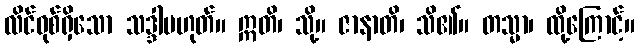
လိင်ဝုစ်ရှိသော သဒ္ဒါမဟုတ်။ ဣတိ၊ သို့။ ဇာနာတိ၊ သိ၏။ တသ္မာ၊ ထို့ကြောင့်။